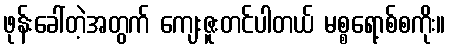
ဖုန်းခေါ်တဲ့အတွက် ကျေးဇူးတင်ပါတယ် မစ္စရော့စ်စကိုး။